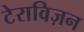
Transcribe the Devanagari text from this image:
टेराविज़न